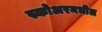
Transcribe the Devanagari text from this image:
स्कोअरमधील